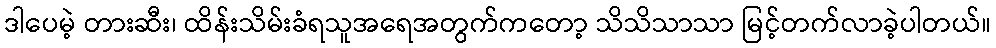
ဒါပေမဲ့ တားဆီး၊ ထိန်းသိမ်းခံရသူအရေအတွက်ကတော့ သိသိသာသာ မြင့်တက်လာခဲ့ပါတယ်။